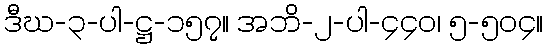
ဒီဃ-၃-ပါ-ဋ္ဌ-၁၅၇။ အဘိ-၂-ပါ-၄၄၀၊ ၅-၅၀၄။